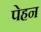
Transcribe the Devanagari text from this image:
पेहन